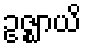
ဥဇ္ဈာယိ